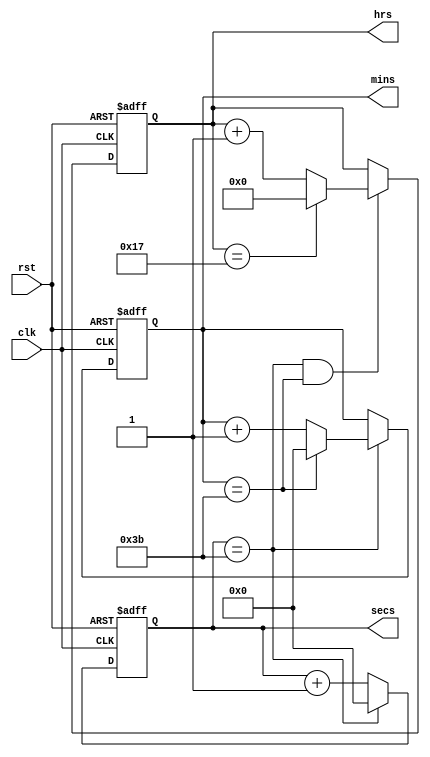
module hms (clk,rst,hrs,mins,secs);
input clk,rst;
output [4:0] hrs;
output [5:0] mins;
output [5:0] secs;
reg [4:0] hrs;
reg [5:0] mins;
reg [5:0] secs;

parameter FN=59;
parameter TT=23;

always @ (posedge clk or posedge rst)
begin
    if (rst)
	 hrs<=0;
	else 
	 if(secs==FN && mins==FN)
	  begin
	     hrs<= hrs==TT ? 0:(hrs+1);
	  end
	  else 
	     hrs<=hrs;
end

always @ (posedge clk or posedge rst)
begin
   if (rst)  secs<=0;
   else  secs<=pluse1(secs);  //secs==FN?0:(secs+1);
end

always @ (posedge clk or posedge rst)
begin
   if (rst) mins<=0;
   else
       begin
       if (secs==FN)
         mins<=pluse1(mins); // mins<=mins==FN?0:mins+1;
        else 
          mins <=mins;
        end
end

function [5:0] pluse1;
input [5:0] sig;
begin
  pluse1 = sig==FN ?0 : (sig+1);
end
endfunction

endmodule